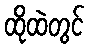
ထိုထဲတွင်